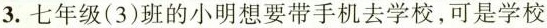
3.七年级（3）班的小明想要带手机去学校，，可是学校